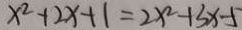
x ^ { 2 } + 2 x + 1 = 2 x ^ { 2 } - 1 3 x - 5